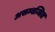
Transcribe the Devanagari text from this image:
असम्बन्धित